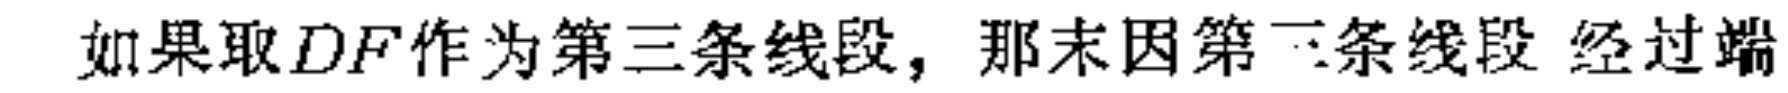
如果取\(DF\)作为第三条线段，那末因第三条线段 经过端